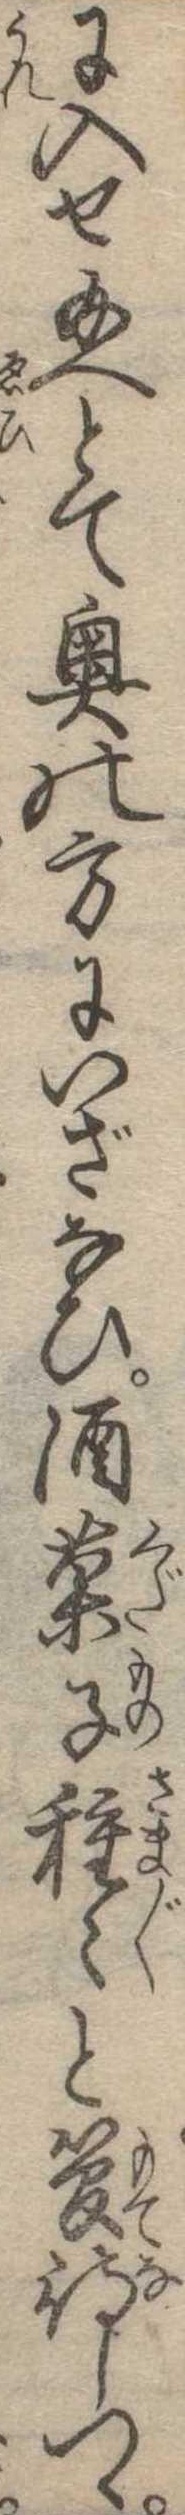
に入せ給へとて奥の方にいざなひ酒菓子種と管待しつゝ